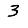
Digit: 3